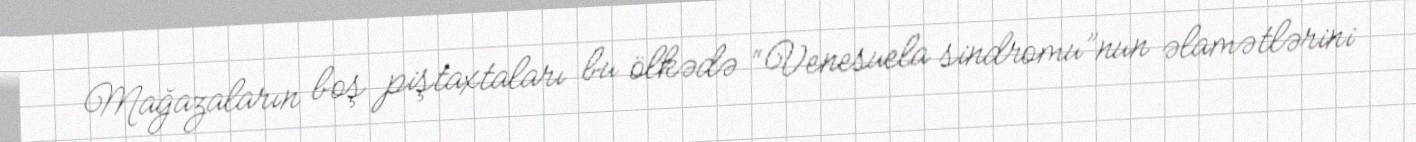
Mağazaların boş piştaxtaları bu ölkədə “Venesuela sindromu”nun əlamətlərini